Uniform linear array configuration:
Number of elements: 12
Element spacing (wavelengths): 0.5
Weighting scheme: blackman
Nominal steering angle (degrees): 60
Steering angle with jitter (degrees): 61.754
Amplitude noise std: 0.05
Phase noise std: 0.05

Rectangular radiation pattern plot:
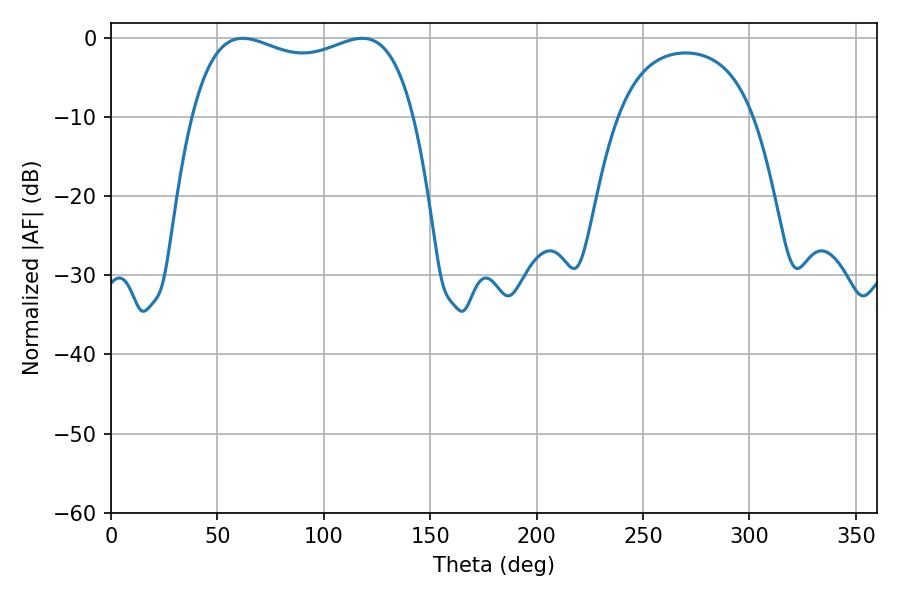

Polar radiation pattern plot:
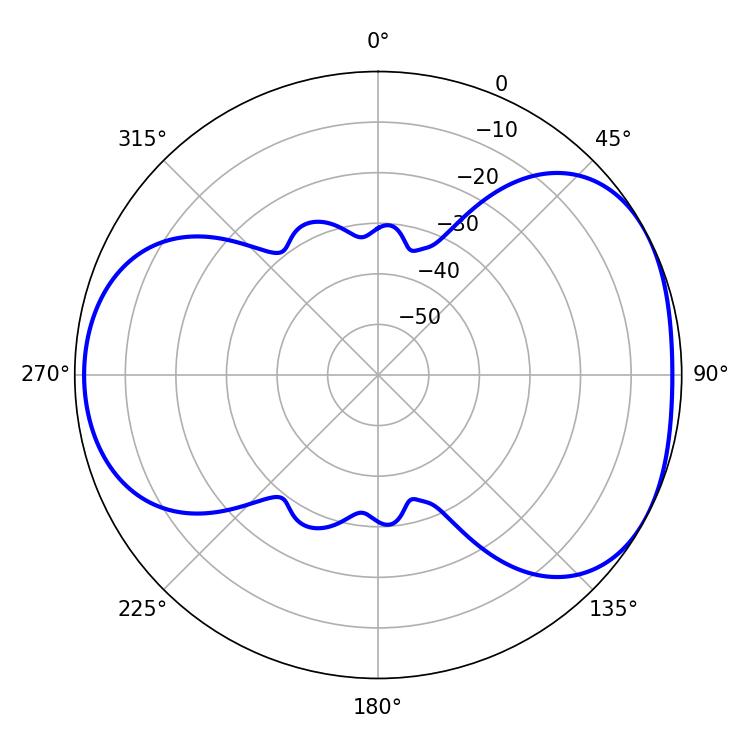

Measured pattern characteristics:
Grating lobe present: FALSE
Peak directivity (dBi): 4.608
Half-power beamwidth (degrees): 85.68
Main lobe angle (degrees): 61.92